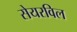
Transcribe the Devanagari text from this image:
सेयरविल